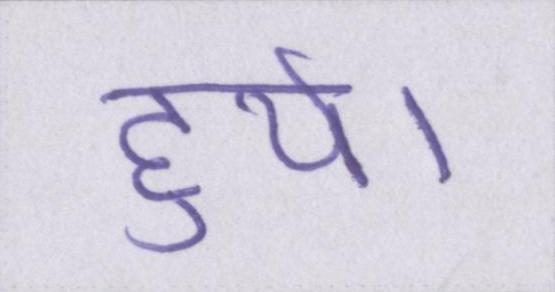
हुये।